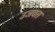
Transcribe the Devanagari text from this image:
उजवत